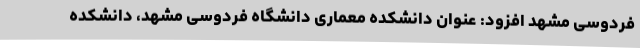
فردوسی مشهد افزود: عنوان دانشکده معماری دانشگاه فردوسی مشهد، دانشکده